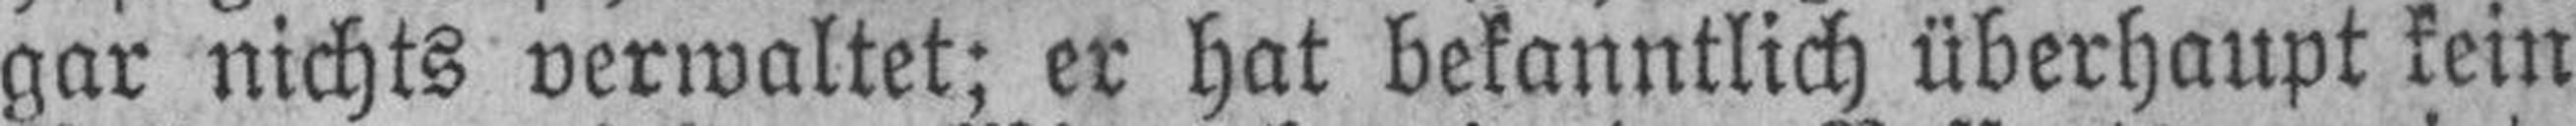
gar nichts verwaltet; er hat bekanntlich überhaupt kein